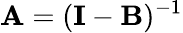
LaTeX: \mathbf{A}=(\mathbf{I}-\mathbf{B})^{-1}